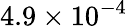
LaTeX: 4.9\times 10^{-4}